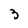
Character: 3